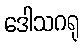
ဒေါသဂရု